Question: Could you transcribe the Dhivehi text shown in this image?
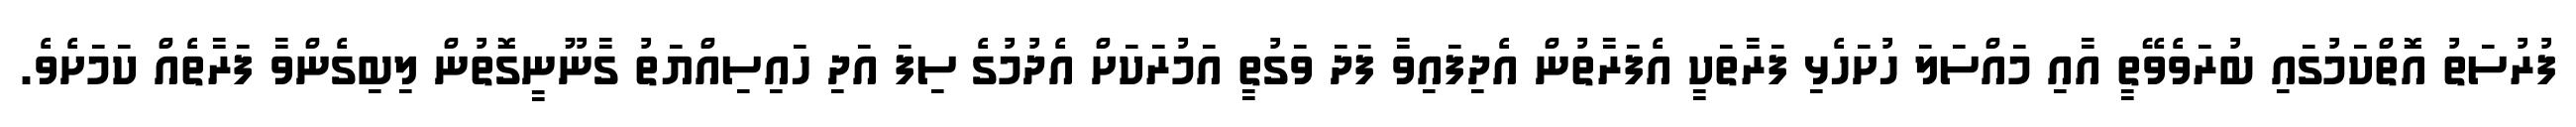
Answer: ފުރުސަތު އޮތްކަމުގައި ބުރަވެވޭތީ އާއި މައްސަލަ ހުށަހެޅި ފަރާތަކީ އެފަރާތުން އެދިފައިވާ ފަދަ ވަގުތީ އަމުރަކަށް އެދުމުގެ ސިފަ އަދި ހައިސިއްޔަތު ގާނޫނީގޮތުން ލިބިގެންވާ ފަރާތެއް ކަމަށެވެ.